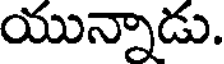
యున్నాడు.